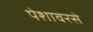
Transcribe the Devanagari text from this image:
पेशावरसे